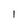
Character: 1